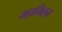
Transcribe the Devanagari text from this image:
महामिलन